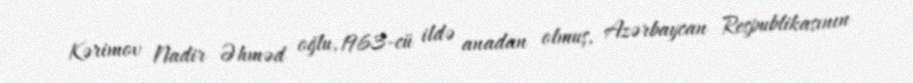
Kərimov Nadir Əhməd oğlu, 1963-cü ildə anadan olmuş, Azərbaycan Respublikasının